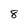
Character: 8